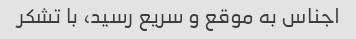
اجناس به موقع و سریع رسید، با تشکر